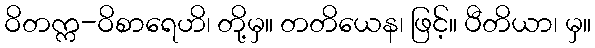
ဝိတက္က-ဝိစာရေဟိ၊ တို့မှ။ တတိယေန၊ ဖြင့်။ ပီတိယာ၊ မှ။